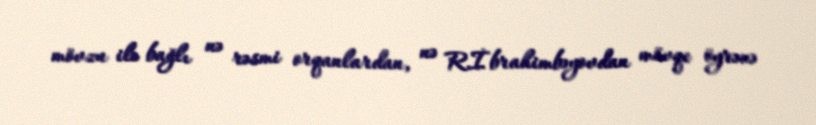
mövzu ilə bağlı nə rəsmi orqanlardan, nə R.İbrahimbəyovdan mövqe öyrənə